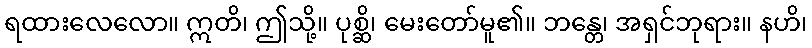
ရထားလေလော။ ဣတိ၊ ဤသို့။ ပုစ္ဆိ၊ မေးတော်မူ၏။ ဘန္တေ၊ အရှင်ဘုရား။ နဟိ၊